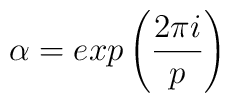
\alpha = exp \left( \frac{2 \pi i}{p} \right)